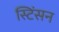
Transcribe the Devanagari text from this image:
स्टिंसन